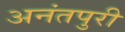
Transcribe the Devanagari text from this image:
अनंतपुरी